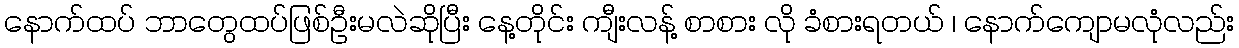
နောက်ထပ် ဘာတွေထပ်ဖြစ်ဦးမလဲဆိုပြီး နေ့တိုင်း ကျီးလန့် စာစား လို ခံစားရတယ် ၊ နောက်ကျောမလုံလည်း